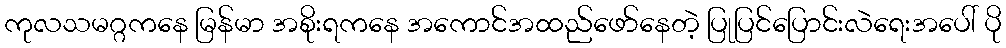
ကုလသမဂ္ဂကနေ မြန်မာ အစိုးရကနေ အကောင်အထည်ဖော်နေတဲ့ ပြုပြင်ပြောင်းလဲရေးအပေါ် ပို